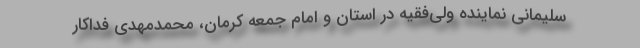
سلیمانی نماینده ولی‌فقیه در استان و امام جمعه کرمان، محمدمهدی فداکار